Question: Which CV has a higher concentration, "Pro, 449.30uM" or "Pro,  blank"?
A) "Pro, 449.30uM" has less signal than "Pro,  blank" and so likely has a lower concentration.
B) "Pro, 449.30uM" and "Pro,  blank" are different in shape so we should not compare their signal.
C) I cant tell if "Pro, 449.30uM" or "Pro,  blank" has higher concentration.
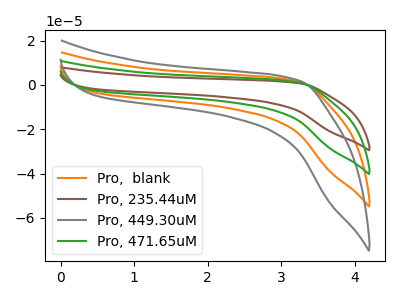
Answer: <think>The orange curve "Pro,  blank" has no peaks. The brown curve "Pro, 235.44uM" has no peaks. The gray curve "Pro, 449.30uM" has no peaks. The green curve "Pro, 471.65uM" has no peaks.
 Neither "Pro, 449.30uM" or "Pro,  blank" have any peaks.</think>
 <answer>C) I cant tell if "Pro, 449.30uM" or "Pro,  blank" has higher concentration.</answer>
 <eval>C</eval>